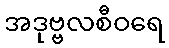
အဒုဗ္ဗလစီဝရေ